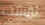
لمست